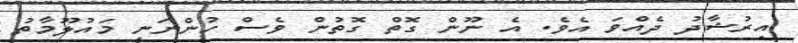
އިރުޝާދު ދެއްވަ އެވެ. އެ ނޫން ގޮތް ގޮތުން ވެސް ހުންނަނީ މައުލޫމާތު